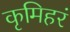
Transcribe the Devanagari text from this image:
कृमिहरं